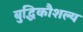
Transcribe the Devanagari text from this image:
बुद्धिकौशल्य